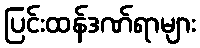
ပြင်းထန်ဒဏ်ရာများ